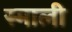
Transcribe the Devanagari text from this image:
स्माली